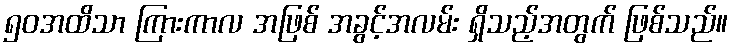
၅၀အထိသာ ကြားကာလ အဖြစ် အခွင့်အလမ်း ရှိသည့်အတွက် ဖြစ်သည်။